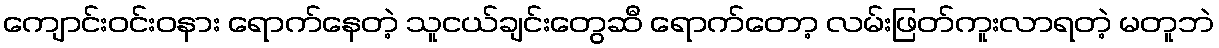
ကျောင်းဝင်းဝနား ရောက်နေတဲ့ သူငယ်ချင်းတွေဆီ ရောက်တော့ လမ်းဖြတ်ကူးလာရတဲ့ မတူဘဲ